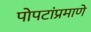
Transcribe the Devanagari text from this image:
पोपटांप्रमाणे